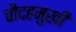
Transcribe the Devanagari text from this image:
चौदहमुखी